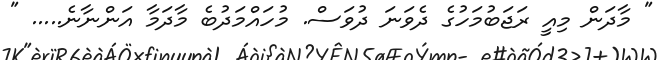
" މާދަން މިއީ ރަޖަބުމަހުގެ ދެވަނަ ދުވަސް. މުހައްމަދުބެ މާދަމާ އަންނާނެ..... "